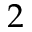
2